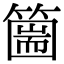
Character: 𥳙